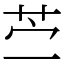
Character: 苎